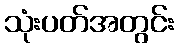
သုံးပတ်အတွင်း